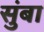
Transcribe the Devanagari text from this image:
सुंबा